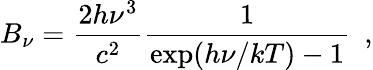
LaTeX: B_{\nu}={\frac{2h\nu^{3}}{c^{2}}}{\frac{1}{\exp(h\nu/kT)-1}}\, \, \, ,